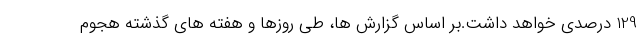
129 درصدی خواهد داشت.بر اساس گزارش ها، طی روزها و هفته های گذشته هجوم